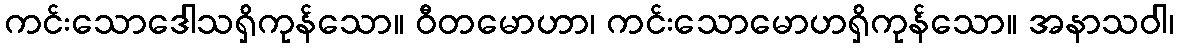
ကင်းသောဒေါသရှိကုန်သော။ ဝီတမောဟာ၊ ကင်းသောမောဟရှိကုန်သော။ အနာသဝါ၊